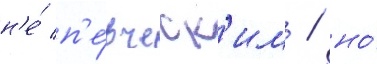
н'е́ п'е́вческ'им / но́